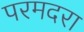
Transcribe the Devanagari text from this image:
परमदरा